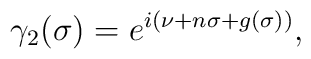
\gamma_2 ( \sigma ) = e^{ i ( \nu + n \sigma + g(\sigma) ) },